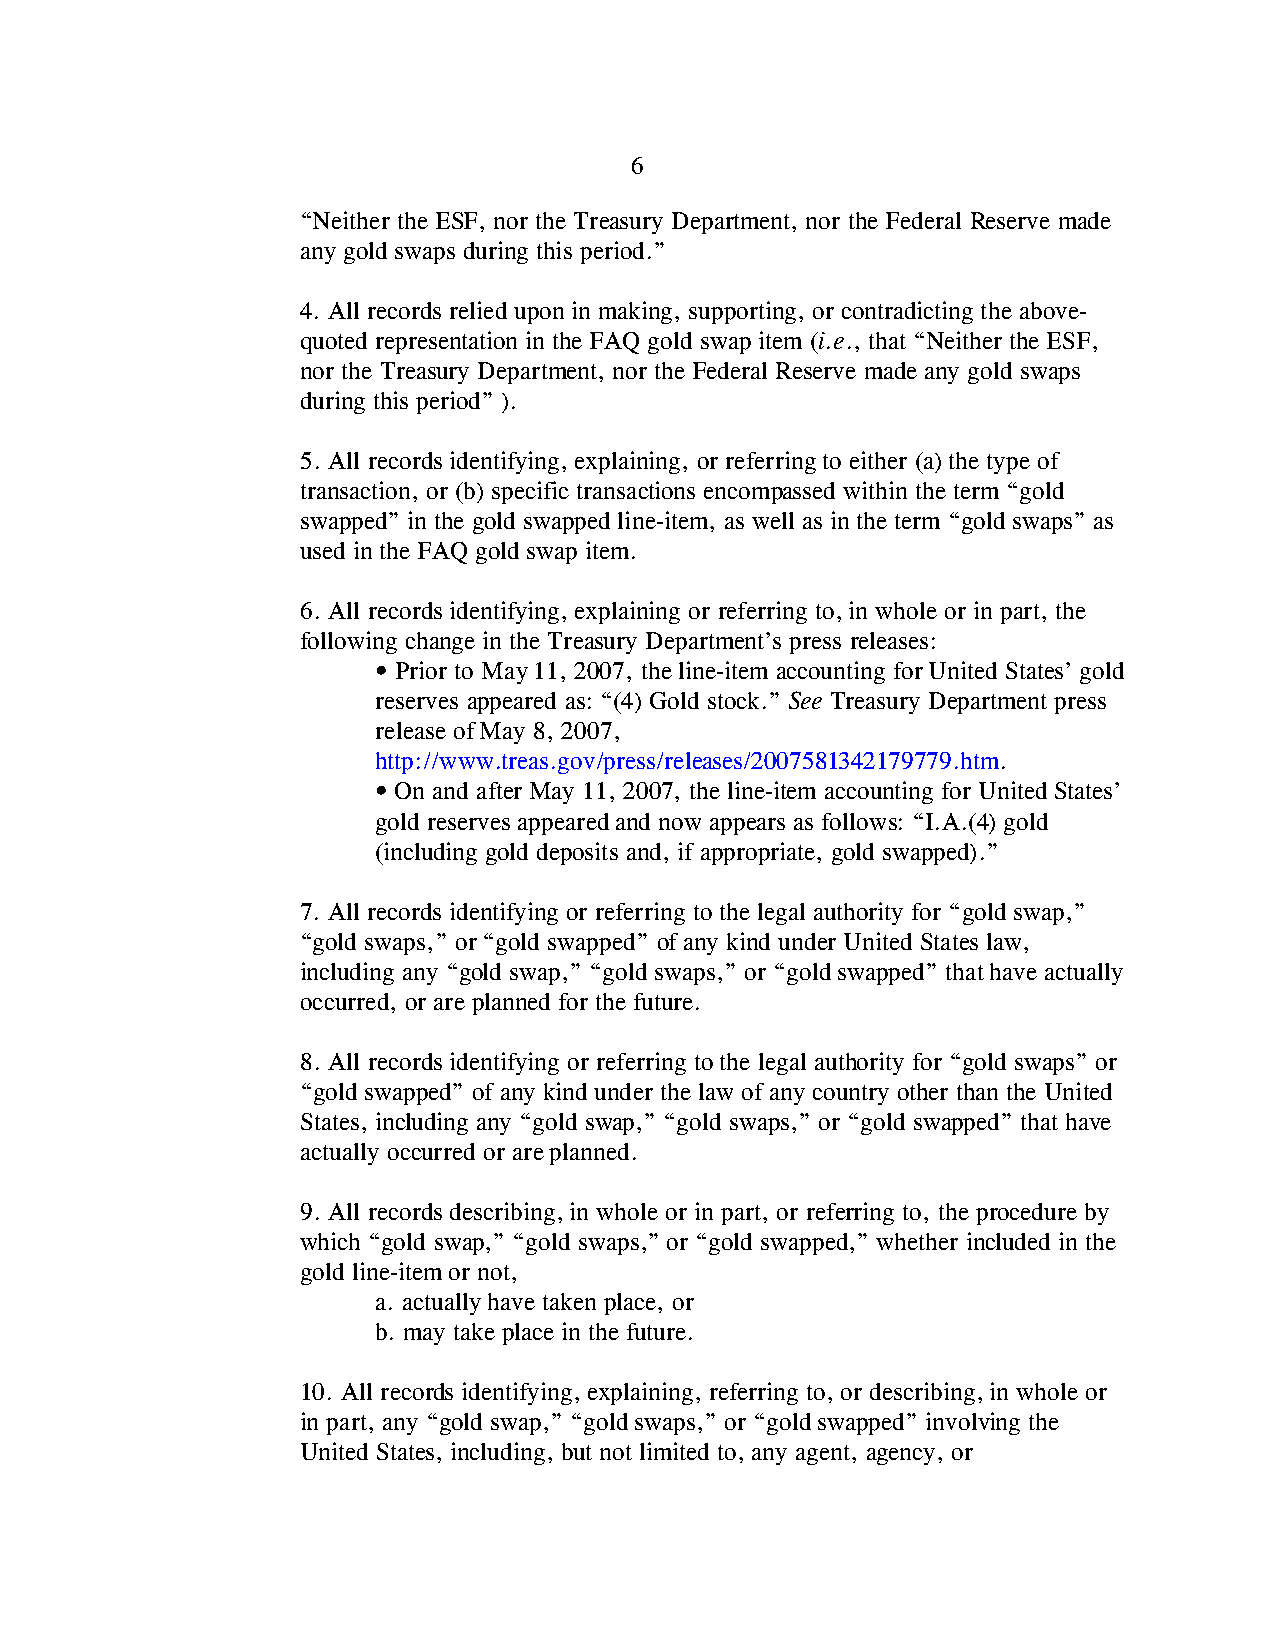
6
 “Neither the ESF, nor the Treasury Department, nor the Federal Reserve made
 any gold swaps during this period.”
 4. All records relied upon in making, supporting, or contradicting the above-
 quoted representation in the FAQ gold swap item (i.e., that “Neither the ESF,
 nor the Treasury Department, nor the Federal Reserve made any gold swaps
 during this period” ).
 5. All records identifying, explaining, or referring to either (a) the type of
 transaction, or (b) specific transactions encompassed within the term “gold
 swapped” in the gold swapped line-item, as well as in the term “gold swaps” as
 used in the FAQ gold swap item.
 6. All records identifying, explaining or referring to, in whole or in part, the
 following change in the Treasury Department’s press releases:
 • Prior to May 11, 2007, the line-item accounting for United States’ gold
 reserves appeared as: “(4) Gold stock.” See Treasury Department press
 release of May 8, 2007,
 http://www.treas.gov/press/releases/2007581342179779.htm.
 • On and after May 11, 2007, the line-item accounting for United States’
 gold reserves appeared and now appears as follows: “I.A.(4) gold
 (including gold deposits and, if appropriate, gold swapped).”
 7. All records identifying or referring to the legal authority for “gold swap,”
 “gold swaps,” or “gold swapped” of any kind under United States law,
 including any “gold swap,” “gold swaps,” or “gold swapped” that have actually
 occurred, or are planned for the future.
 8. All records identifying or referring to the legal authority for “gold swaps” or
 “gold swapped” of any kind under the law of any country other than the United
 States, including any “gold swap,” “gold swaps,” or “gold swapped” that have
 actually occurred or are planned.
 9. All records describing, in whole or in part, or referring to, the procedure by
 which “gold swap,” “gold swaps,” or “gold swapped,” whether included in the
 gold line-item or not,
 a. actually have taken place, or
 b. may take place in the future.
 10. All records identifying, explaining, referring to, or describing, in whole or
 in part, any “gold swap,” “gold swaps,” or “gold swapped” involving the
 United States, including, but not limited to, any agent, agency, or